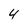
Character: 4